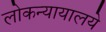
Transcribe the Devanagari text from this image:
लोकन्यायालये